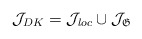
\begin{align*} \mathcal{J}_{DK}=\mathcal{J}_{loc}\cup \mathcal{J}_{\mathfrak{G}}\end{align*}